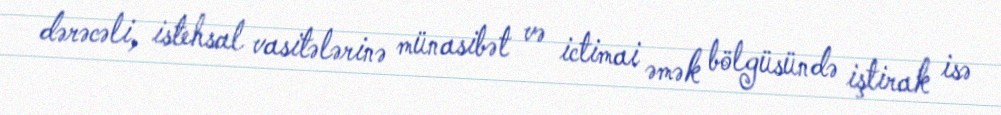
dərəcəli, istehsal vasitələrinə münasibət və ictimai əmək bölgüsündə iştirak isə